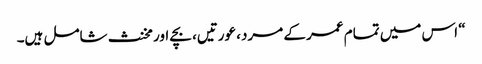
“ اس میں تمام عمر کے مرد، عورتیں، بچے اور مخنث شامل ہیں۔